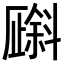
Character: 𪯯